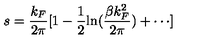
s = { \frac { k _ { F } } { 2 \pi } } [ 1 - { \frac { 1 } { 2 } } \mathrm { l n } ( { \frac { \beta k _ { F } ^ { 2 } } { 2 \pi } } ) + \cdots ]